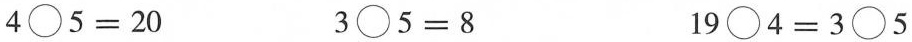
$$4 \bigcirc 5 = 2 0$$ $$3 \bigcirc 5 = 8$$ $$1 9 \bigcirc 4 = 3 \bigcirc 5$$